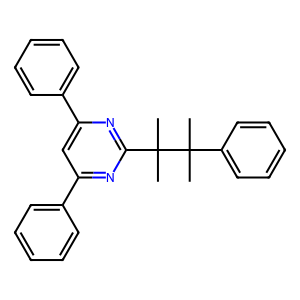
SMILES: CC(C)(c1ccccc1)C(C)(C)c1nc(-c2ccccc2)cc(-c2ccccc2)n1
Inhibits HIV replication: No